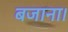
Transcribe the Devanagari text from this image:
बजाना।